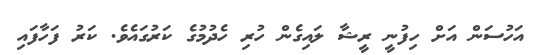
އަހުސަން އަށް ހިފުނީ ރީޝާ ލައިގެން ހުރި ހެދުމުގެ ކަރުގައެވެ. ކަރު ފަހާފައި